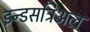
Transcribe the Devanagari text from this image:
इन्डसट्रिअल